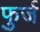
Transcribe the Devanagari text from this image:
फुर्ज